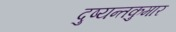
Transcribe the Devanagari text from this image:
दुष्यन्तकुमार